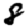
Digit: 8